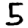
Digit: 5